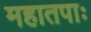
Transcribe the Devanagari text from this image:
महातपाः